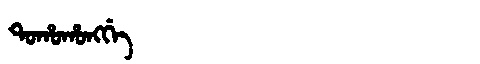
Manchu: ᡨᠣᡥᠣᡥᠣᠩᡤᡝ
Romanization: TOHOHONGGE